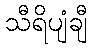
သီရိပျံချီ